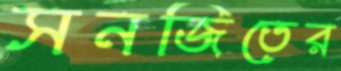
সনজিতের